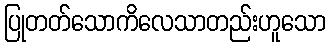
ပြုတတ်သောကိလေသာတည်းဟူသော